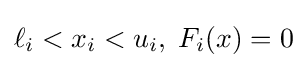
\ell _{i}<x_{i}<u_{i},\;F_{i}(x)=0